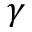
\gamma